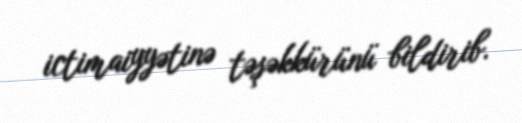
ictimaiyyətinə təşəkkürünü bildirib.